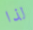
لذا